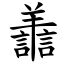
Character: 譱